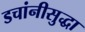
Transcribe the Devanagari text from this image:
डचांनीसुद्धा